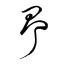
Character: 爭